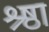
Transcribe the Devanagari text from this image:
श्र्ष्ठा